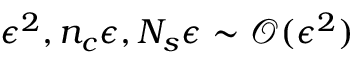
\epsilon ^ { 2 } , n _ { c } \epsilon , N _ { s } \epsilon \sim \mathcal { O } ( \epsilon ^ { 2 } )